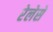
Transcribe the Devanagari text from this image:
रेलेसे